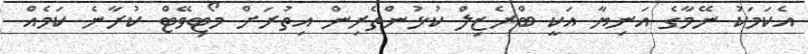
އެކަމަކު ނޭމާގެ އަނިޔާ އަކީ ބްރެޒިލް ކުޅުންތެރިން އިތުރަށް މޯޓިވޭޓް ކުރާނެ ކަމެއް